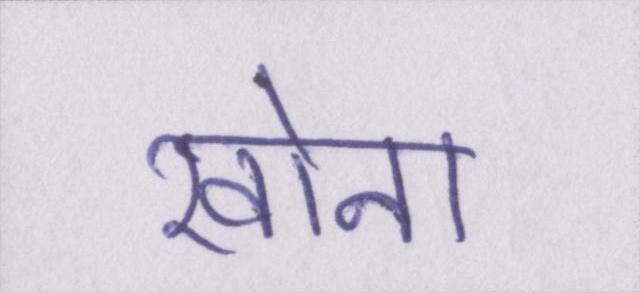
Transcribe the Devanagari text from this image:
खोना